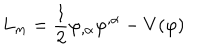
L _ { m } = \frac { 1 } { 2 } \varphi _ { , \alpha } \varphi ^ { , \alpha } - V ( \varphi )